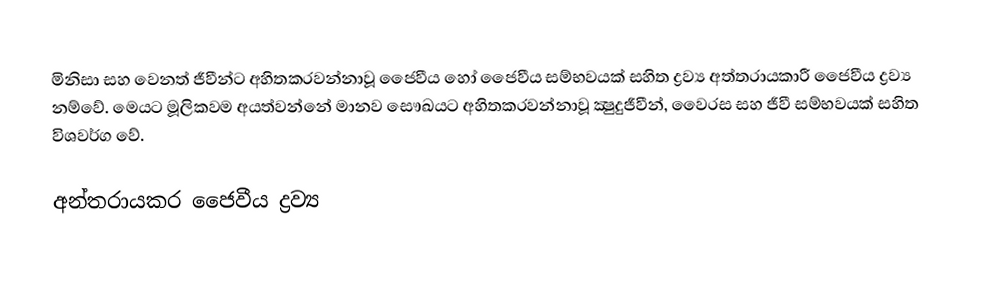
මිනිසා සහ වෙනත් ජීවීන්ට අහිතකරවන්නාවූ ජෛවීය හෝ ජෛවීය සම්භවයක් සහිත ද්‍රව්‍ය   අත්තරායකාරී ජෛවීය ද්‍රව්‍ය නම්වේ. මෙයට මූලිකවම අයත්වන්නේ මානව සෞඛයට අහිතකරවන්නාවූ ක්‍ෂුදුජීවීන්, වෛරස සහ ජීවී සම්භවයක් සහිත විශවර්ග වේ.

අන්තරායකර ජෛවීය ද්‍රව්‍ය